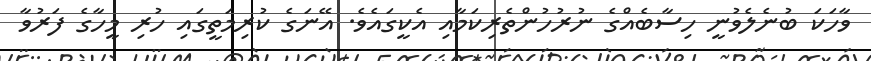
ވާހަކަ ބުނެލެވުނީ ހިސާބެއްގެ ނުރުހުންތެރިކަމާއި އެކީގައެވެ. އޭނަގެ ކުރިމަތީގައި ހުރި މީހާގެ ފަރުވާ